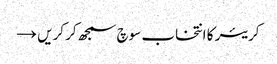
کریئر کا انتخاب سوچ سمجھ کر کریں →